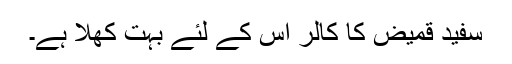
سفید قمیض کا کالر اس کے لئے بہت کھلا ہے۔